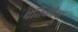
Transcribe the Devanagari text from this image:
प्रतिक्रीया